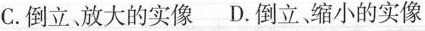
C.倒立、放大的实像D.倒立缩小的实像